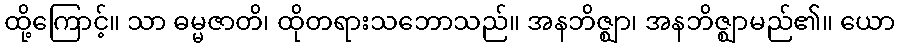
ထို့ကြောင့်။ သာ ဓမ္မဇာတိ၊ ထိုတရားသဘောသည်။ အနဘိဇ္ဈာ၊ အနဘိဇ္ဈာမည်၏။ ယော